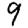
Digit: 9